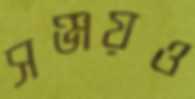
সঞ্জয়ও